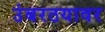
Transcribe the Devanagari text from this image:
उंबरठयावर